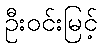
ဦးဝင်းမြင့်